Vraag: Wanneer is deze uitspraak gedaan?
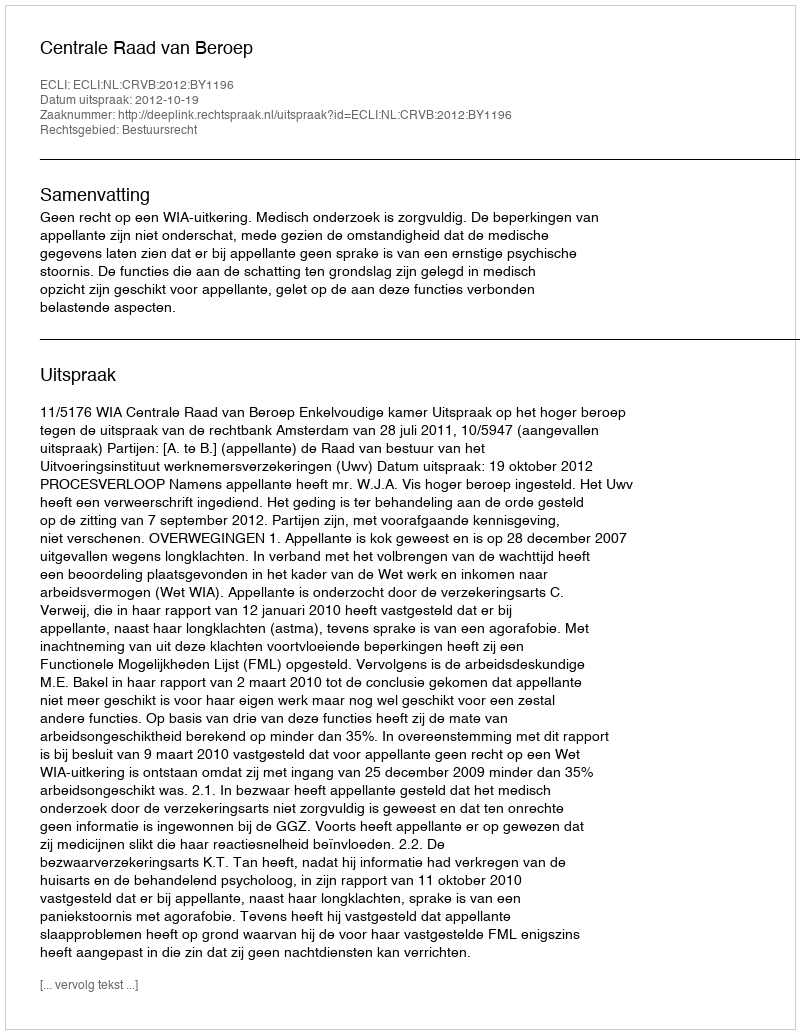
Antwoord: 2012-10-19